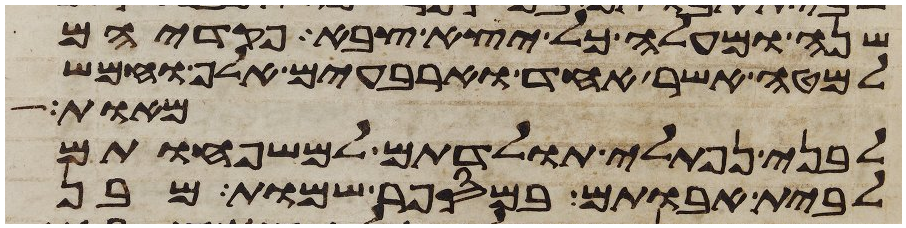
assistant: שנה ומעלה כל יצא צבא פקדיהם
למטה אשר אחד וארבעים אלף וחמש
מאות
לבני נפתלי תולדתם למשפחותם
לבית אבותם במספר שמות מבן